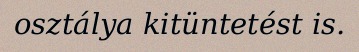
osztálya kitüntetést is.